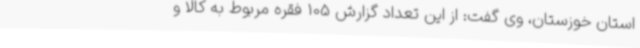
استان خوزستان، وی گفت: از این تعداد گزارش 105 فقره مربوط به کالا و